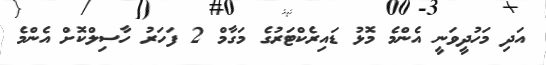
އަދި މަހުދީވަނީ އެންމެ މޮޅު ޑައިރެކްޓަރުގެ މަގާމް 2 ފަހަރު ހާސިލްކޮށް އެންމެ